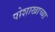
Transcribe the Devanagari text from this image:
पोशाखाच्या